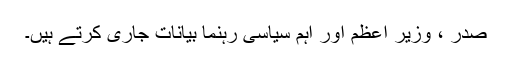
صدر ، وزیر اعظم اور اہم سیاسی رہنما بیانات جاری کرتے ہیں۔